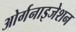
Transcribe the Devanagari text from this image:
ओर्गनाइजेशन